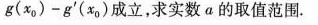
$$g ( x _{ 0 } ) - g ^ {\prime} ( x _ { 0 } )$$ 成立，求实数 a 的取值范围。